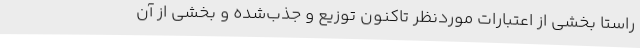
راستا بخشی از اعتبارات موردنظر تاکنون توزیع و جذب‌شده و بخشی از آن